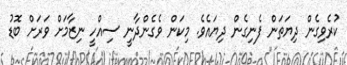
ކުރެވިގެން ދިޔަތަން ފެނިގެން ދިޔައެވެ. މިކަން ވެގެންދާނީ ސިއްހީ ނިޒާމަށް ވަރަށް ބޮޑު